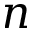
n